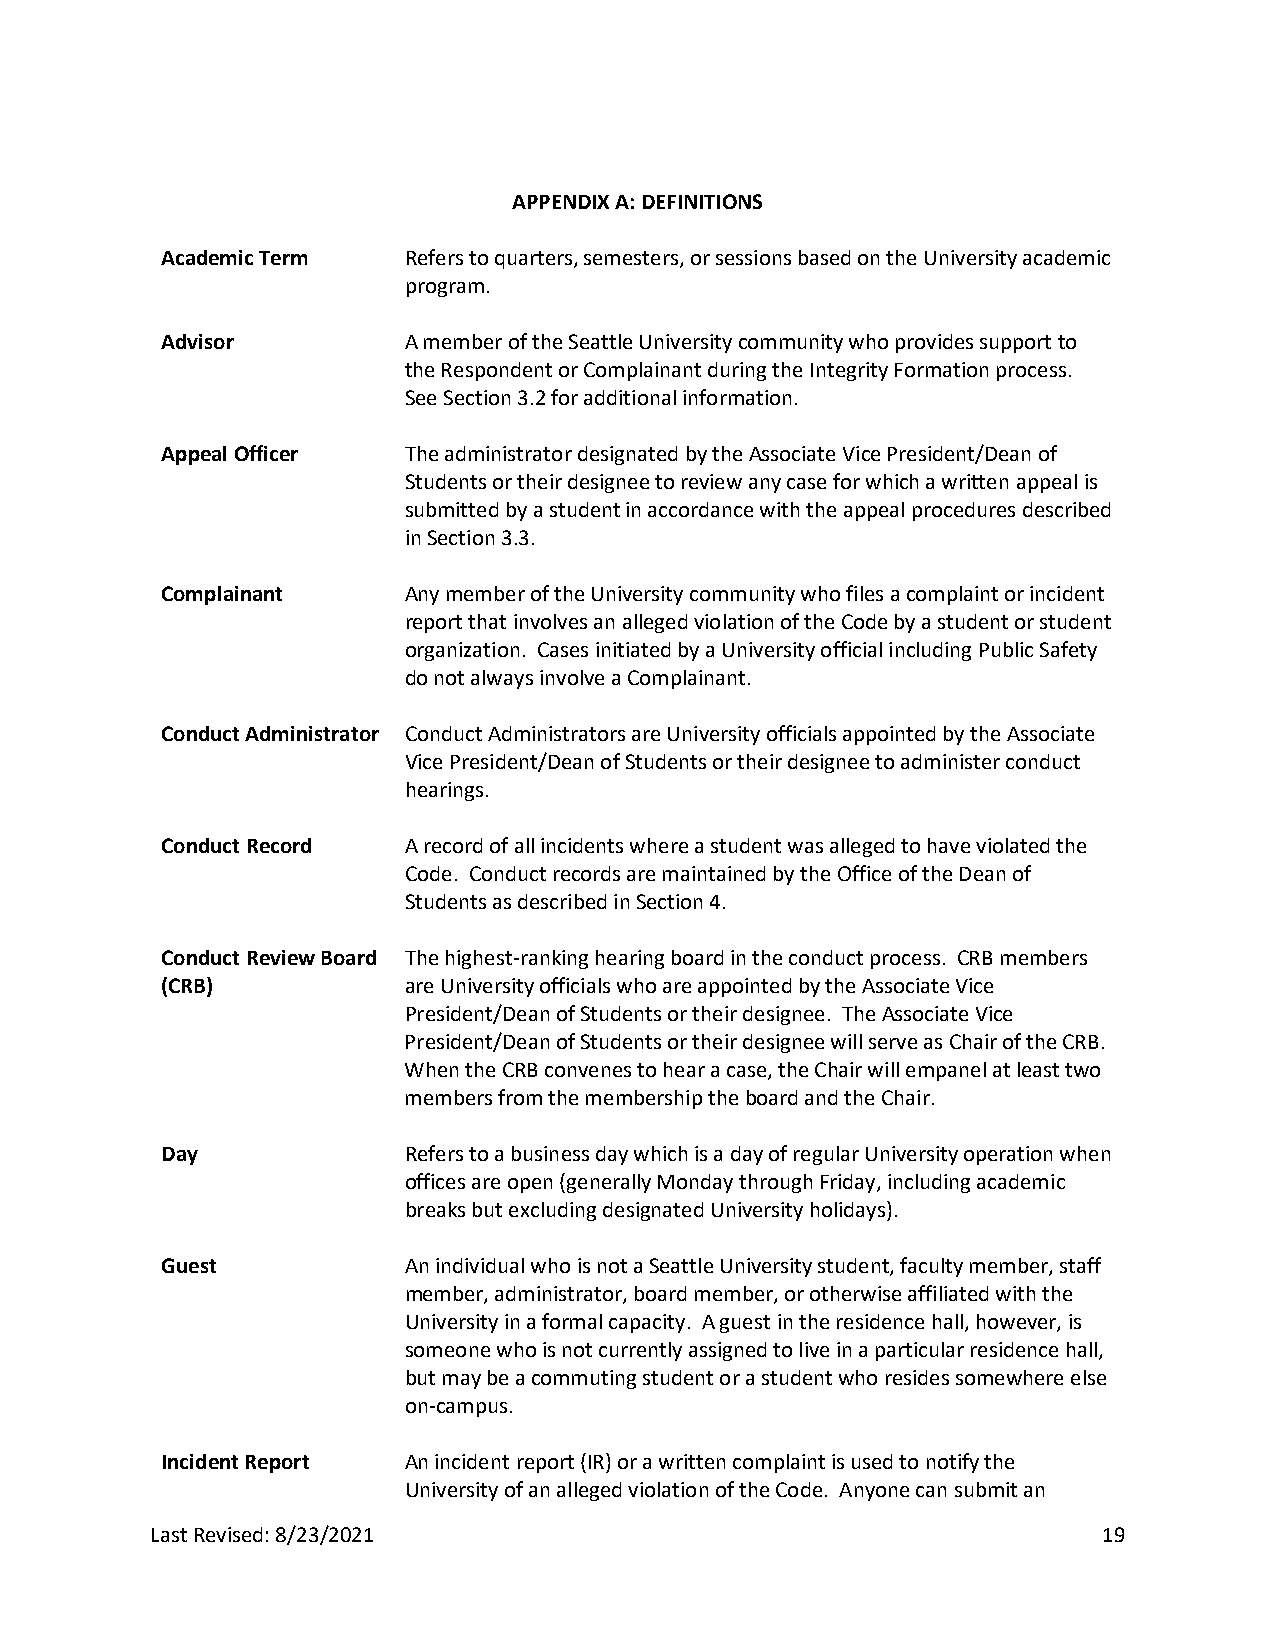
APPENDIX A: DEFINITIONS
 Academic Term   Refers to quarters, semesters, or sessions based on the University academic
 program.
 Advisor         A member of the Seattle University community who provides support to
 the Respondent or Complainant during the Integrity Formation process.
 See Section 3.2 for additional information.
 Appeal Officer  The administrator designated by the Associate Vice President/Dean of
 Students or their designee to review any case for which a written appeal is
 submitted by a student in accordance with the appeal procedures described
 in Section 3.3.
 Complainant     Any member of the University community who files a complaint or incident
 report that involves an alleged violation of the Code by a student or student
 organization. Cases initiated by a University official including Public Safety
 do not always involve a Complainant.
 Conduct Administrator Conduct Administrators are University officials appointed by the Associate
 Vice President/Dean of Students or their designee to administer conduct
 hearings.
 Conduct Record  A record of all incidents where a student was alleged to have violated the
 Code. Conduct records are maintained by the Office of the Dean of
 Students as described in Section 4.
 Conduct Review Board The highest-ranking hearing board in the conduct process. CRB members
 (CRB)           are University officials who are appointed by the Associate Vice
 President/Dean of Students or their designee. The Associate Vice
 President/Dean of Students or their designee will serve as Chair of the CRB.
 When the CRB convenes to hear a case, the Chair will empanel at least two
 members from the membership the board and the Chair.
 Day             Refers to a business day which is a day of regular University operation when
 offices are open (generally Monday through Friday, including academic
 breaks but excluding designated University holidays).
 Guest           An individual who is not a Seattle University student, faculty member, staff
 member, administrator, board member, or otherwise affiliated with the
 University in a formal capacity. A guest in the residence hall, however, is
 someone who is not currently assigned to live in a particular residence hall,
 but may be a commuting student or a student who resides somewhere else
 on-campus.
 Incident Report An incident report (IR) or a written complaint is used to notify the
 University of an alleged violation of the Code. Anyone can submit an
 Last Revised: 8/23/2021                                        19